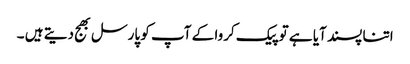
اتنا پسند آیا ہے تو پیک کروا کے آپ کو پارسل بھج دیتے ہیں ۔